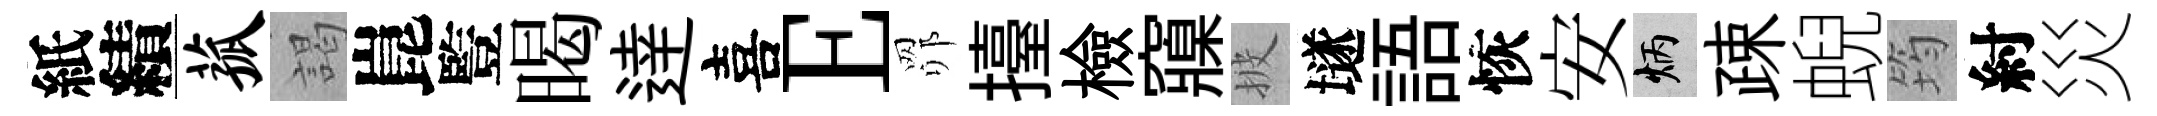
紙績菰謁崑䜿暍逹喜E𦊑擡檢䆿披𡑞語恢安炳疎蜺筠紂災